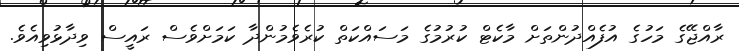
ރާއްޖޭގެ މަހުގެ އުފެއްދުންތަށް މާކެޓް ކުރުމުގެ މަސައްކަތް ކުރެވެމުންދާ ކަމަށްވެސް ރައީސް ވިދާޅުވިއެވެ.